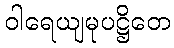
ဝါရေယျမုပဋ္ဌိတေ